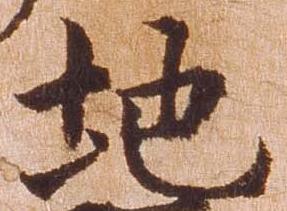
地